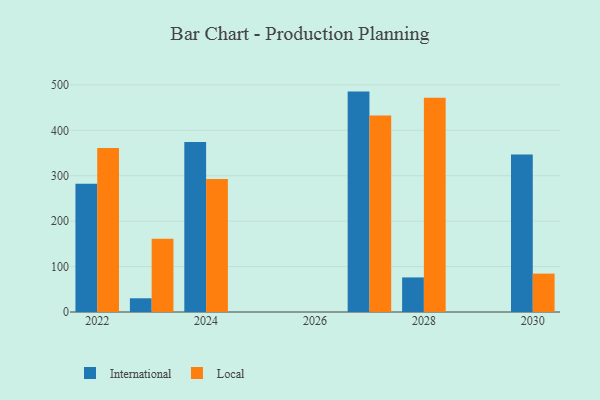
{"axis": {"x": "Year", "y": "Waste Production (Tons)"}, "legend": ["International", "Local"], "data": [{"x": "2030", "y": 346.9, "type": "International"}, {"x": "2030", "y": 84.5, "type": "Local"}, {"x": "2028", "y": 76.1, "type": "International"}, {"x": "2028", "y": 471.5, "type": "Local"}, {"x": "2022", "y": 282.5, "type": "International"}, {"x": "2022", "y": 360.9, "type": "Local"}, {"x": "2023", "y": 30.2, "type": "International"}, {"x": "2023", "y": 161.3, "type": "Local"}, {"x": "2027", "y": 485.2, "type": "International"}, {"x": "2027", "y": 432.8, "type": "Local"}, {"x": "2024", "y": 374.2, "type": "International"}, {"x": "2024", "y": 292.9, "type": "Local"}]}